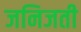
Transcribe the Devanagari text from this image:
जनिजती